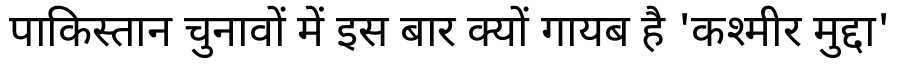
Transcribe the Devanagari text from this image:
पाकिस्तान चुनावों में इस बार क्यों गायब है 'कश्मीर मुद्दा'